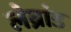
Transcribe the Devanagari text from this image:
लेब्रांड